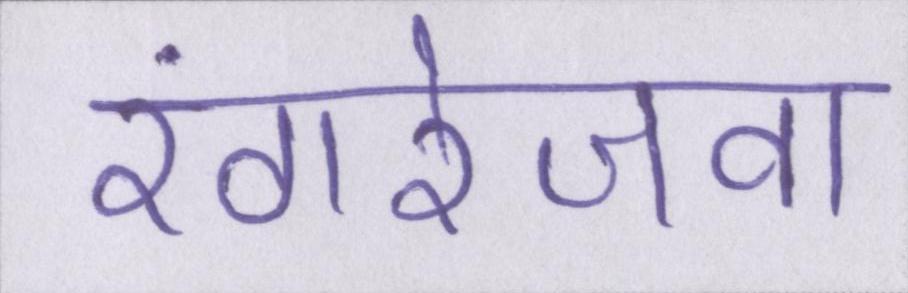
रंगरेजवा